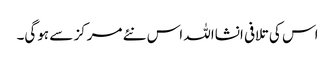
اس کی تلافی انشااللہ اس نئے مرکز سے ہوگی۔